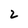
Character: 2